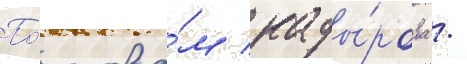
По́ слова́м кады́рова /